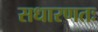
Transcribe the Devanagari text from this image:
सधारणतः